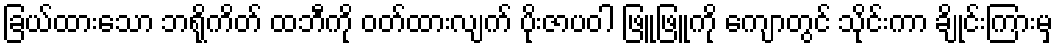
ခြယ်ထားသော ဘရိုကိတ် ထဘီကို ဝတ်ထားလျက် ပိုးဇာပဝါ ဖြူဖြူကို ကျောတွင် သိုင်းကာ ချိုင်းကြားမှ